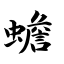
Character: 蟾